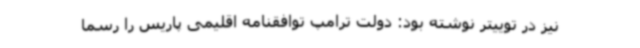
نیز در توییتر نوشته بود: دولت ترامپ توافقنامه اقلیمی پاریس را رسما